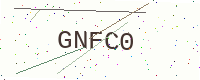
Text: GNFC0